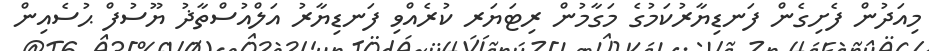
މިއަދުން ފެށިގެން ފަނޑިޔާރުކަމުގެ މަގާމުން ރިޓަޔަރ ކުރެއްވި ފަނޑިޔާރު އަލްއުސްތާޛު ޔޫސުފް ޙުސެއިން